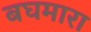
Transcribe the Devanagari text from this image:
बघमारा